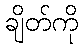
ချိတ်ကို